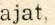
ajat.